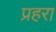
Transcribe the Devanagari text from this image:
प्रहरा